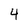
Character: 4